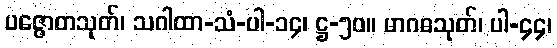
ပဇ္ဇောတသုတ်၊ သဂါထာ-သံ-ပါ-၁၄၊ ဋ္ဌ-၅၀။ မာဂဓသုတ်၊ ပါ-၄၄၊